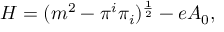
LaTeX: H = ( m ^ { 2 } - \pi ^ { i } \pi _ { i } ) ^ { { \frac { 1 } { 2 } } } - e A _ { 0 } ,